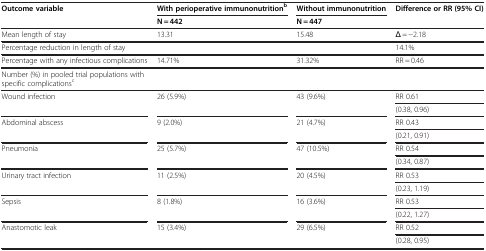
| <ROWSPAN=2> Outcome variable | With perioperative immunonutritionb | Without immunonutrition | <ROWSPAN=2> Difference or RR (95% CI) |
 | N = 442 | N = 447 |
 | --- | --- | --- | --- |
 | Mean length of stay | 13.31 | 15.48 | Δ = −2.18 |
 | Percentage reduction in length of stay |  |  | 14.1% |
 | Percentage with any infectious complications | 14.71% | 31.32% | RR = 0.46 |
 | Number (%) in pooled trial populations with specific complicationsc |  |  |  |
 | <ROWSPAN=2> Wound infection | <ROWSPAN=2> 26 (5.9%) | <ROWSPAN=2> 43 (9.6%) | RR 0.61 |
 | (0.38, 0.96) |
 | <ROWSPAN=2> Abdominal abscess | <ROWSPAN=2> 9 (2.0%) | <ROWSPAN=2> 21 (4.7%) | RR 0.43 |
 | (0.21, 0.91) |
 | <ROWSPAN=2> Pneumonia | <ROWSPAN=2> 25 (5.7%) | <ROWSPAN=2> 47 (10.5%) | RR 0.54 |
 | (0.34, 0.87) |
 | <ROWSPAN=2> Urinary tract infection | <ROWSPAN=2> 11 (2.5%) | <ROWSPAN=2> 20 (4.5%) | RR 0.53 |
 | (0.23, 1.19) |
 | <ROWSPAN=2> Sepsis | <ROWSPAN=2> 8 (1.8%) | <ROWSPAN=2> 16 (3.6%) | RR 0.53 |
 | (0.22, 1.27) |
 | <ROWSPAN=2> Anastomotic leak | <ROWSPAN=2> 15 (3.4%) | <ROWSPAN=2> 29 (6.5%) | RR 0.52 |
 | (0.28, 0.95) |